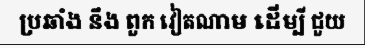
ប្រឆាំង នឹង ពួក វៀតណាម ដើម្បី ជួយ